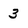
Character: 3